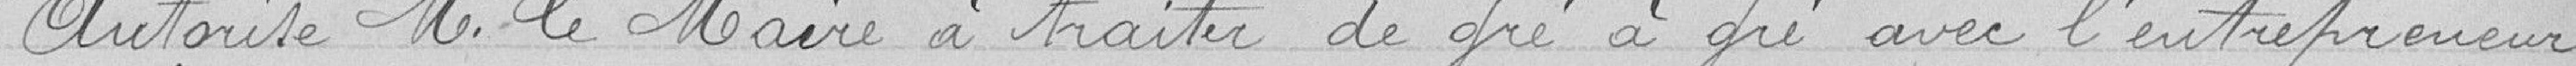
Autorise Monsieur le Maire à traiter de gré à gré avec l'entrepreneur